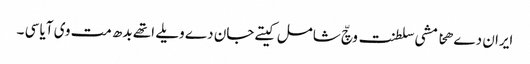
ایران دے ھخامشی سلطنت وچّ شامل کیتے جان دے ویلے اتھے بدھ مت وی آیا سی ۔